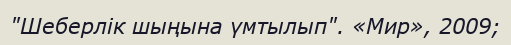
"Шеберлік шыңына үмтылып". «Мир», 2009;